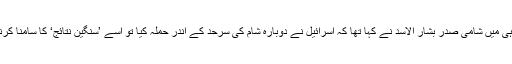
ابھی حال ہی میں شامی صدر بشار الاسد نے کہا تھا کہ اسرائیل نے دوبارہ شام کی سرحد کے اندر حملہ کیا تو اسے ’سنگین نتائج‘ کا سامنا کرنا پڑے گا۔